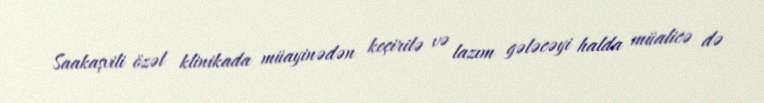
Saakaşvili özəl klinikada müayinədən keçirilə və lazım gələcəyi halda müalicə də